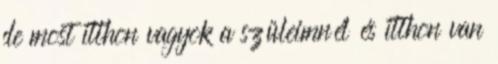
de most itthon vagyok a szüleimnél és itthon van